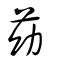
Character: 苭